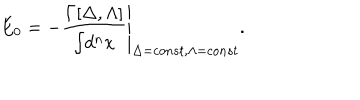
LaTeX: E _ { 0 } = - \left. \frac { \Gamma [ \Delta , \Lambda ] } { \int \! d ^ { n } x } \right| _ { \Delta = c o n s t , \Lambda = c o n s t } .